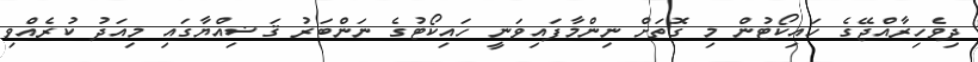
ދިވެހިރާއްޖޭގެ ހައިކޯޓުން މި ގޮތަށް ނިންމާފައިވަނީ ހައިކޯޓުގެ ނަންބަރު ޤަޟިއްޔާގައި މިއަދު ކުރެއްވި